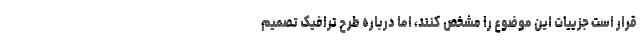
قرار است جزییات این موضوع را مشخص کنند، اما درباره طرح ترافیک تصمیم